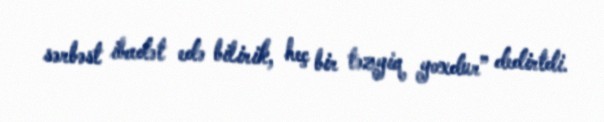
sərbəst ibadət edə bilirik, heç bir təzyiq yoxdur” dedirtdi.